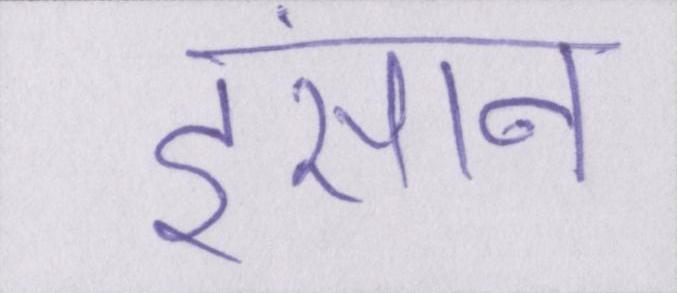
इंसान